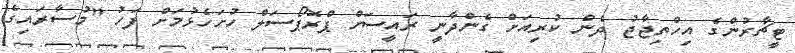
ޓީޗާރުންގެ އިހްތިޖާޖު ދެން ކުރިއަށް ގެންދާނީ ރައީސަށް ޕްރޮޕޯސަލް ހުށަހެޅުމަށް ފަހު "މުސާރައިގެ